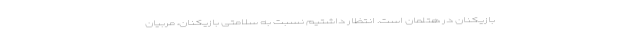
بازیکنان در هتلمان است. انتظار داشتیم نسبت به سلامتی بازیکنان، مربیان